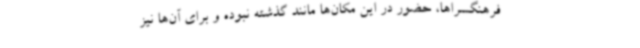
فرهنگسراها، حضور در این مکان‌ها مانند گذشته نبوده و برای آن‌ها نیز